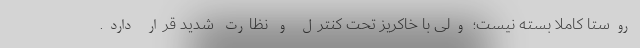
روستا کاملا بسته نیست؛ ولی با خاکریز تحت کنترل و نظارت شدید قرار دارد.